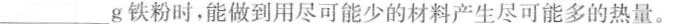
____g铁粉时，能做到用尽可能少的材料产生尽可能多的热量。